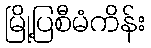
မြို့ပြစီမံကိန်း